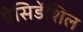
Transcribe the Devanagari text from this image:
प्रेसिडेंशिल